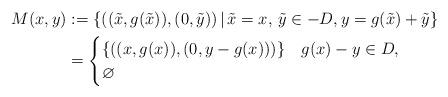
LaTeX: \begin{align*}\begin{aligned}M(x,y)&:=\{((\tilde x,g(\tilde x)),(0,\tilde y))\,|\,\tilde x=x,\,\tilde y\in -D, y=g(\tilde x)+\tilde y\} \\&=\begin{cases}\{((x,g(x)),(0,y-g(x)))\}& g(x)-y\in D,\\\varnothing& \end{cases}\end{aligned}\end{align*}